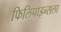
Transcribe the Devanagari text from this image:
फिलिपाइन्सला